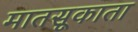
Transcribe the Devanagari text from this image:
मातसूकाता